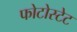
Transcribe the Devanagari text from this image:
फोटोस्टेट